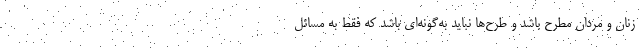
زنان و مردان مطرح باشد و طرح‌ها نباید به‌گونه‌ای باشد که فقط به مسائل